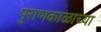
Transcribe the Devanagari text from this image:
पुराणकाळाच्या